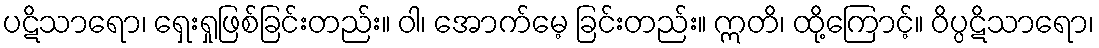
ပဋိသာရော၊ ရှေးရှုဖြစ်ခြင်းတည်း။ ဝါ၊ အောက်မေ့ ခြင်းတည်း။ ဣတိ၊ ထို့ကြောင့်။ ဝိပ္ပဋိသာရော၊